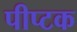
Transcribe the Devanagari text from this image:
पीप्टक